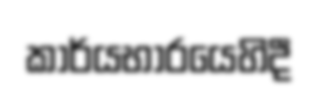
කාර්යභාරයෙහිදී